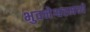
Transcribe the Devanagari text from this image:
भुवनेश्वरमध्ये